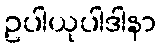
ဥပါယုပါဒါနာ